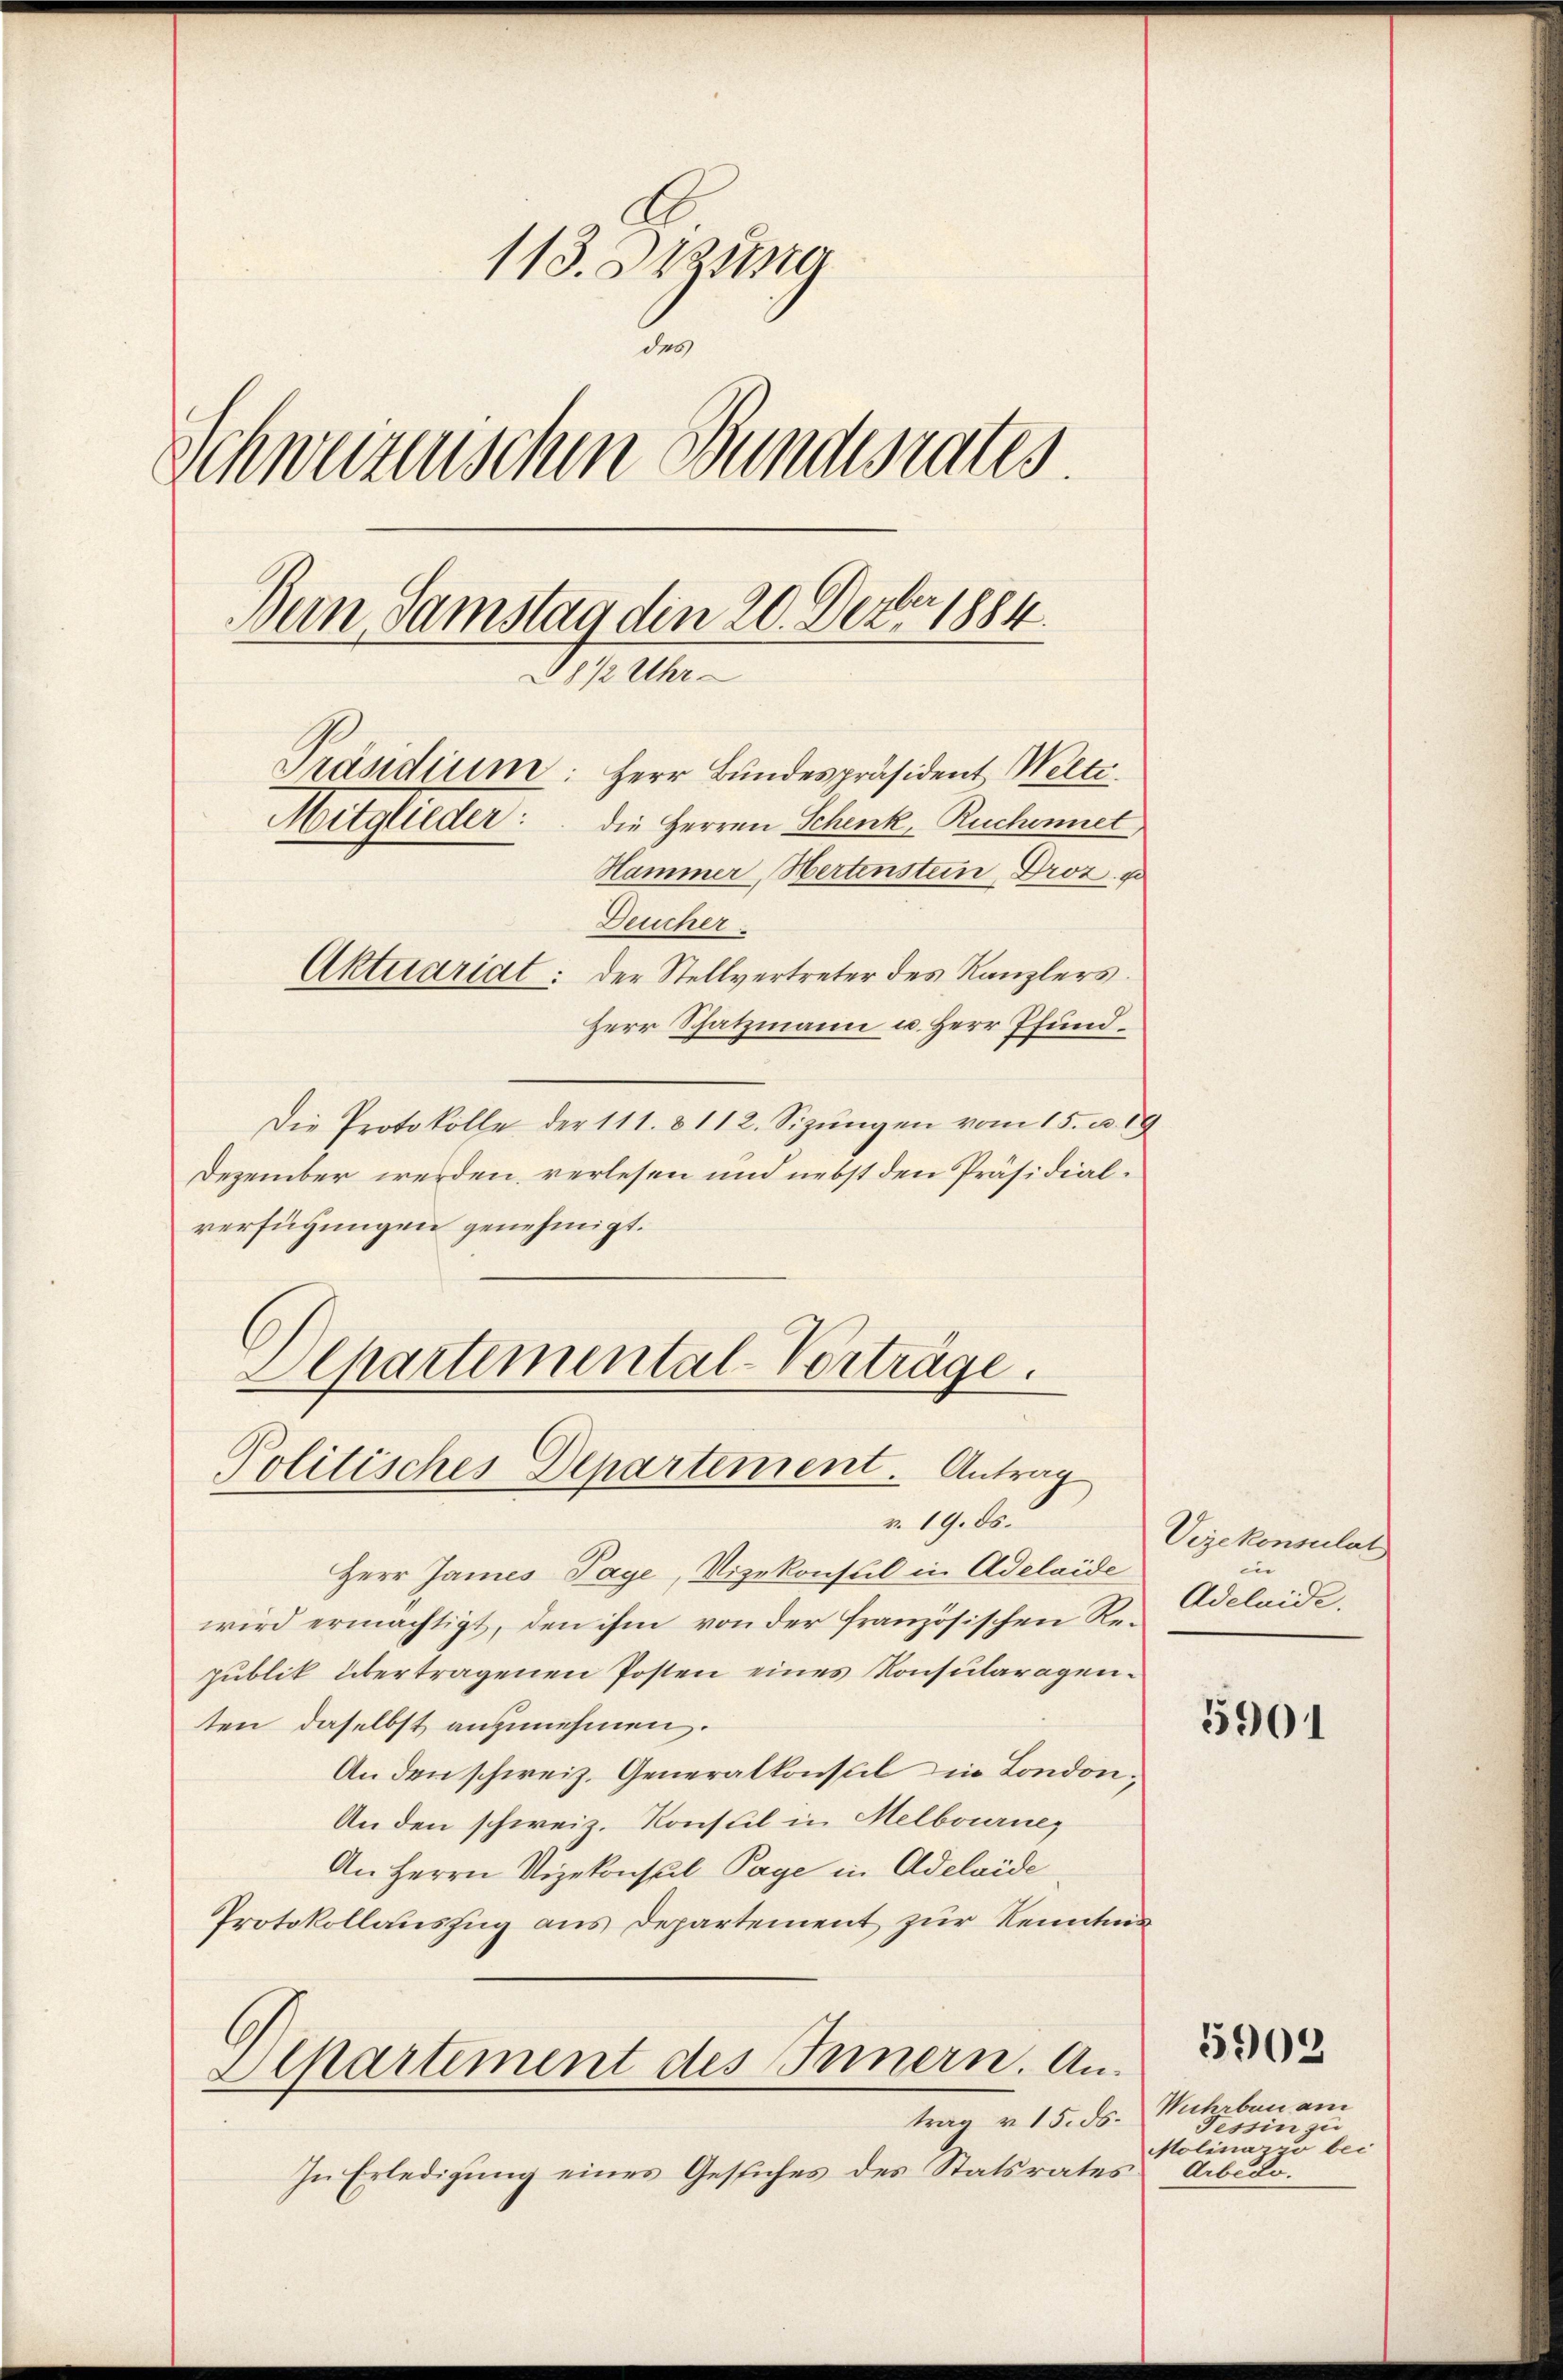
113. Jung
2
Schweizenschen Bundesrates.
Bern Samstag die 20. Dez. 1884.
8½ Uhr
Präsidium: Herr Bundespräsident Welti
Auglieder
die Herren Schenk, Ruchinnet
Hammer, Hertenstein, Droz. 1
Deucher
Aktuariat: der Stellvertreter des Kanzlers.
Herr Schatzmann u. Herr Pfund¬

Die Protokolle der 111. 8112. Sizŭngen vom 15. u. 19
Dezember werden, verlesen und nebst den Präsidialverfügungen genehmigt.
Departemental-Vorträge.

Politisches Departement. Antrag

v. 19. ds.
Herr James Tage, Vizekonsul in Adelaide
wird ermächtigt, den ihm von der französischen Republik übertragenen Posten eines Konsularagenten daselbst anzunehmen.
An den schweiz. Generalkonseil in London,
An den schweiz. Konsul in Melbourne
An Herrn Vizekonsul Page in Adelaide
Protokollauszug aus Departement zur Kenntnis
Departement des Innern. Antrag v. 15. ds. Wuhrben am
In Erledigung eines Gesuches des Statsrates

Vizekonsulat
in
Adelaide.

5901

Tessin zu
Molina" bei
Arbtr.

5909